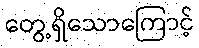
တွေ့ရှိသောကြောင့်